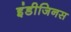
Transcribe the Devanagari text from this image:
इंडीजिनस